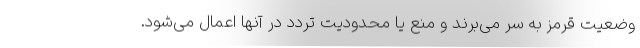
وضعیت قرمز به سر می‌برند و منع یا محدودیت تردد در آنها اعمال می‌شود.